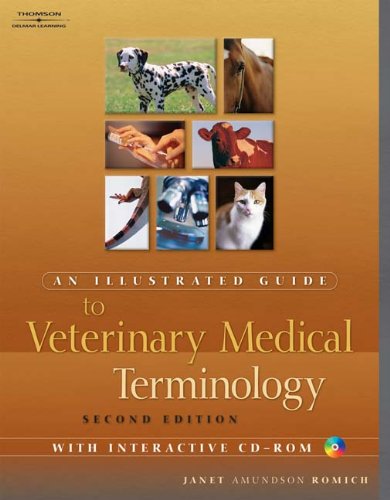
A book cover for An Illustrated Guide to Veterinary Medical Terminology, Second edition; Janet Amundson Romich; Medical Books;